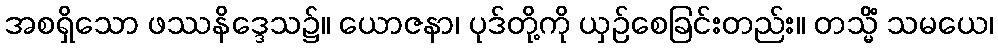
အစရှိသော ဖဿနိဒ္ဒေသ၌။ ယောဇနာ၊ ပုဒ်တို့ကို ယှဉ်စေခြင်းတည်း။ တသ္မိံ သမယေ၊